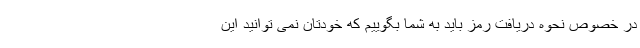
در خصوص نحوه دریافت رمز باید به شما بگوییم که خودتان نمی توانید این